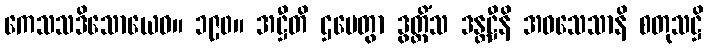
ကေသသဒိသောယေဝ။ ၁၉၀။ အဋ္ဌီတိ ဌပေတွာ ဒွတ္တိံသ ဒန္တဋ္ဌီနိ အဝသေသာနိ စတုသဋ္ဌိ